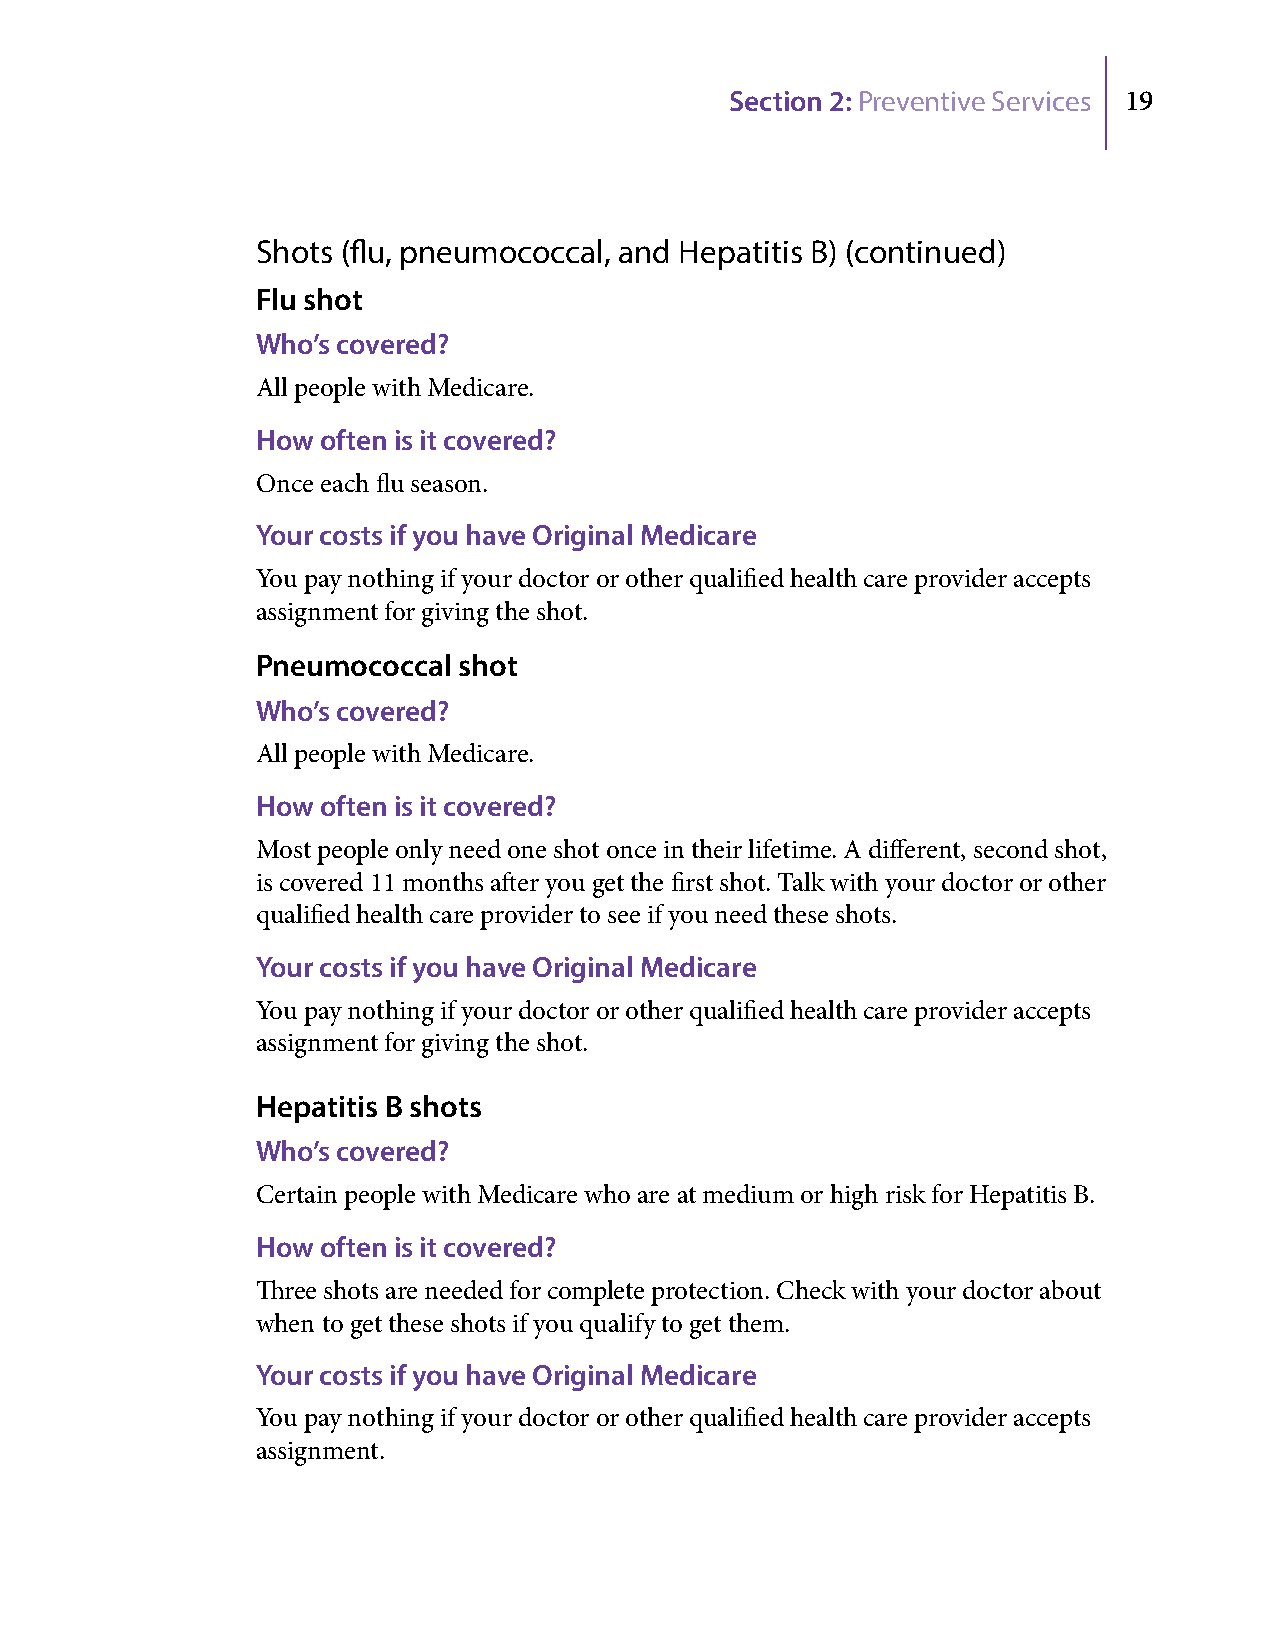
Section 2: Preventive Services 19
 Shots (flu, pneumococcal, and Hepatitis B) (continued)
 Flu shot
 Who’s covered?
 All people with Medicare.
 How often is it covered?
 Once each flu season.
 Your costs if you have Original Medicare
 You pay nothing if your doctor or other qualified health care provider accepts
 assignment for giving the shot.
 Pneumococcal shot
 Who’s covered?
 All people with Medicare.
 How often is it covered?
 Most people only need one shot once in their lifetime. A different, second shot,
 is covered 11 months after you get the first shot. Talk with your doctor or other
 qualified health care provider to see if you need these shots.
 Your costs if you have Original Medicare
 You pay nothing if your doctor or other qualified health care provider accepts
 assignment for giving the shot.
 Hepatitis B shots
 Who’s covered?
 Certain people with Medicare who are at medium or high risk for Hepatitis B.
 How often is it covered?
 Three shots are needed for complete protection. Check with your doctor about
 when to get these shots if you qualify to get them.
 Your costs if you have Original Medicare
 You pay nothing if your doctor or other qualified health care provider accepts
 assignment.